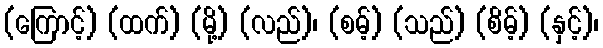
(ကြောင့်) (ထက်) (မို့) (လည်)၊ (စမ့်) (သည်) (စိမ့်) (နှင့်)၊